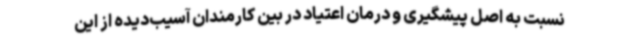
نسبت به اصل پیشگیری و درمان اعتیاد در بین کارمندان آسیب‌دیده از این